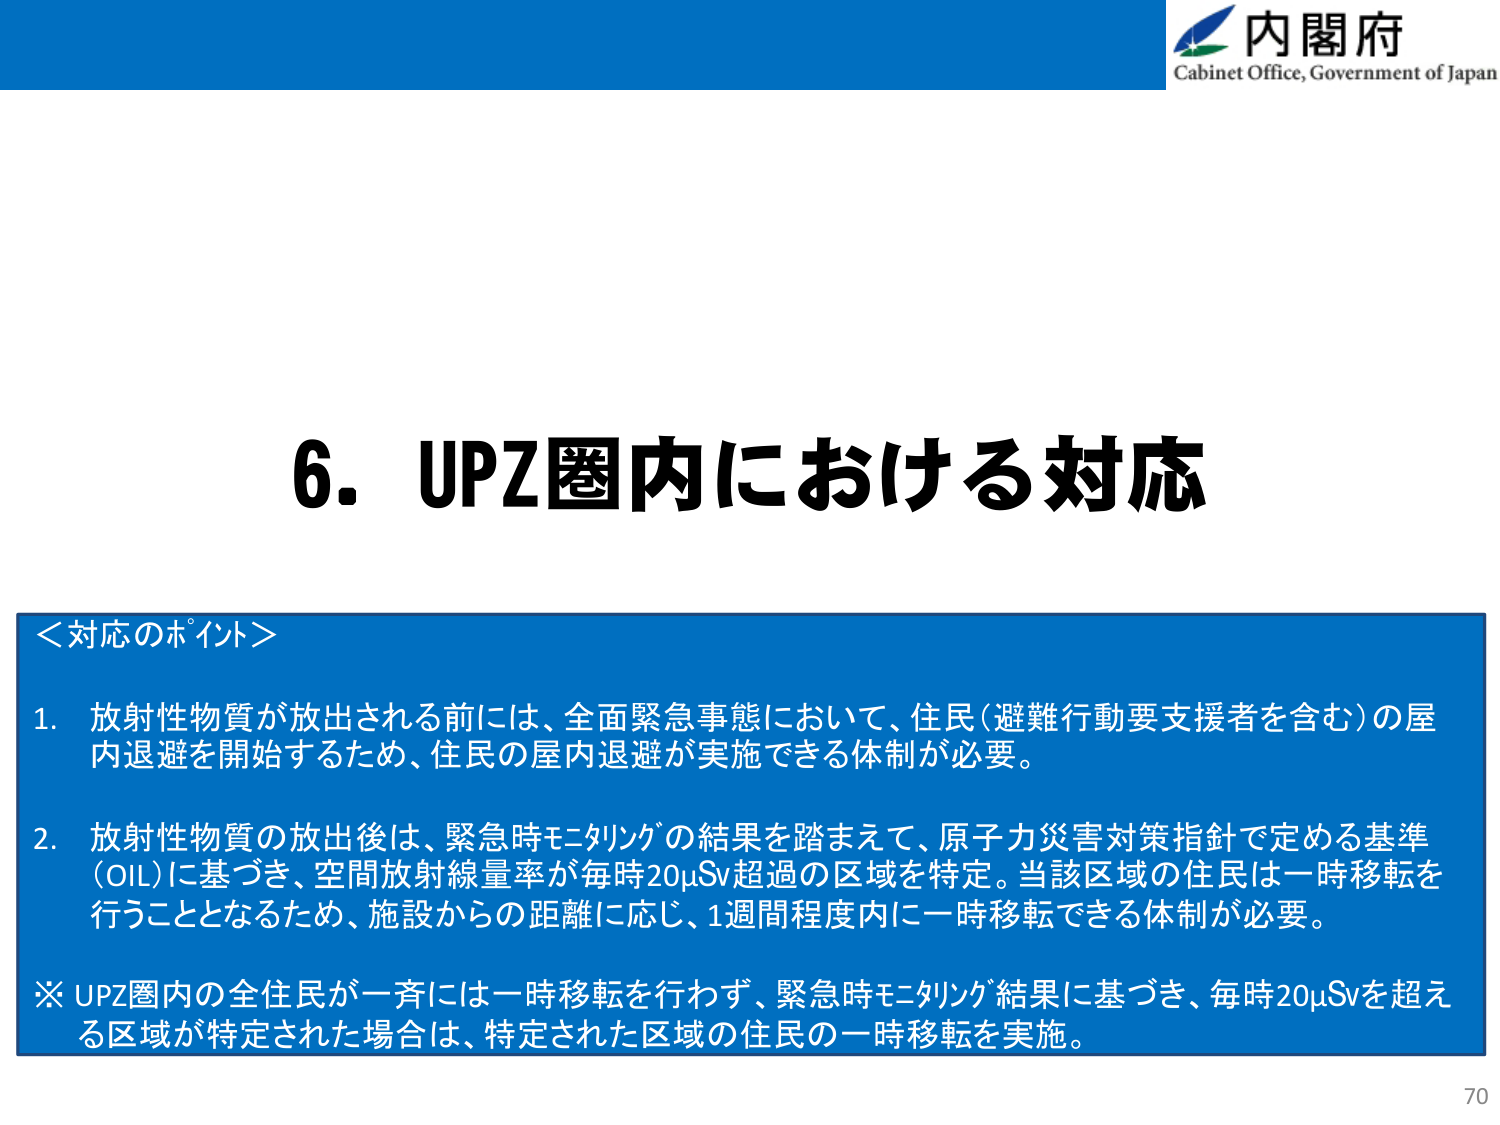
内閣府
Cabinet Office, Government of Japan

6. UPZ圏内における対応

＜対応のポイント＞

1. 放射性物質が放出される前には、全面緊急事態において、住民（避難行動要支援者を含む）の屋内退避を開始するため、住民の屋内退避が実施できる体制が必要。

2. 放射性物質の放出後は、緊急時モニタリングの結果を踏まえて、原子力災害対策指針で定める基準（OIL）に基づき、空間放射線量率が毎時20μSv超過の区域を特定。当該区域の住民は一時移転を行うこととなるため、施設からの距離に応じ、1週間程度内に一時移転できる体制が必要。

※ UPZ圏内の全住民が一斉には一時移転を行わず、緊急時モニタリング結果に基づき、毎時20μSvを超える区域が特定された場合は、特定された区域の住民の一時移転を実施。

70